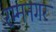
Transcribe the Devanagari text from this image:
रम्मनगर